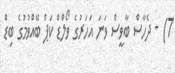
7) - ދެހާސް ބާވީސް ވަނަ އަހަރުގެ ވޯލްޑް ކަޕް ބޭއްވުމުގެ ބިޑް